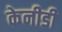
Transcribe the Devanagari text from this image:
केनीडी